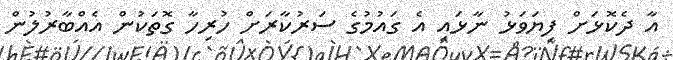
އާ ދެކޮޅަށް ފިޔަވަޅު ނާޅައި އެ ގައުމުގެ ސަރުކާރަށް ހުރިހާ ގޮތަކުން އެއްބާރުލުން